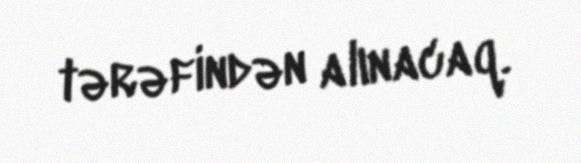
tərəfindən alınacaq.